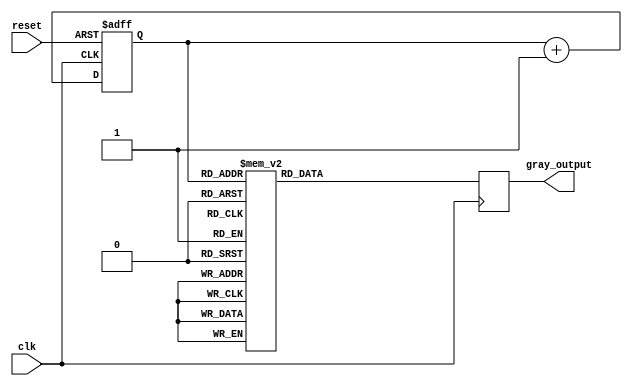
module gray_counter_divider (
    input clk,
    input reset,
    output reg [3:0] gray_output
);

reg [3:0] gray_counter;

always @ (posedge clk or posedge reset) begin
    if (reset) begin
        gray_counter <= 4'b0000;
    end else begin
        gray_counter <= gray_counter + 4'b0001;
    end
end

always @ (posedge clk) begin
    case (gray_counter)
        4'b0000: gray_output <= 4'b0000;
        4'b0001: gray_output <= 4'b0001;
        4'b0011: gray_output <= 4'b0010;
        4'b0010: gray_output <= 4'b0011;
        4'b0110: gray_output <= 4'b0100;
        4'b0111: gray_output <= 4'b0101;
        4'b0101: gray_output <= 4'b0110;
        4'b0100: gray_output <= 4'b0111;
        4'b1100: gray_output <= 4'b1000;
        4'b1101: gray_output <= 4'b1001;
        4'b1111: gray_output <= 4'b1010;
        4'b1110: gray_output <= 4'b1011;
        4'b1010: gray_output <= 4'b1100;
        4'b1011: gray_output <= 4'b1101;
        4'b1001: gray_output <= 4'b1110;
        4'b1000: gray_output <= 4'b1111;
    endcase
end

endmodule